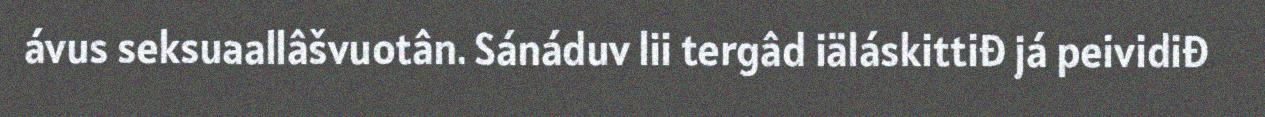
ávus seksuaallâšvuotân. Sánáduv lii tergâd iäláskittiđ já peividiđ